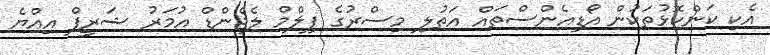
އެކި ކަންކޮޅުތަކުން އޯޑިއެންސްތައް އަތުލި މިސްރުގެ ފިލްމް ލެޖެންޑް އުމަރު ޝަރީފް އިއްޔެ